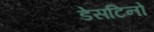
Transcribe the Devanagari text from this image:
डेसटिनो